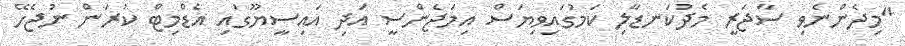
"މިދެންނެވި ސާޖަރީ މެދުކަނޑާލި ކަމުގައިވިޔަސް އިމަޖެންސީ އަދި އައިސީޔޫގައި އެޑްމިޓް ކުރަން ނުޖެހޭ